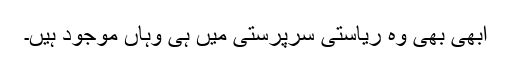
ابھی بھی وہ ریاستی سرپرستی میں ہی وہاں موجود ہیں۔